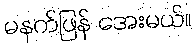
မနက်ဖြန် အေးမယ်။